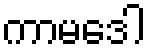
ကာမဒေါ